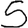
Digit: 5